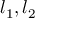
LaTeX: l _ { 1 } , l _ { 2 }